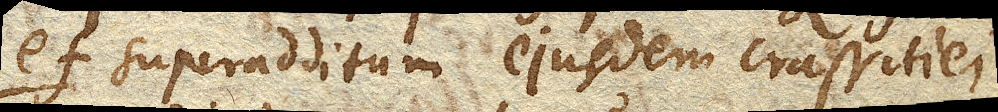
ef. superadditum ejusdem crassitiei